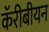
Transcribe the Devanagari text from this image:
कॅरीबीयन